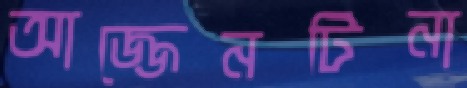
আজ্জেনটিনা